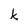
Character: k